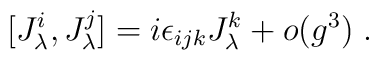
[J^i_\lambda, J^j_\lambda] = i \epsilon_{ijk} J^k_\lambda + o(g^3) \; .